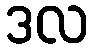
ဒလ